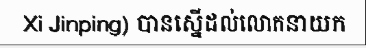
Xi Jinping) បានស្នើដល់លោកនាយក